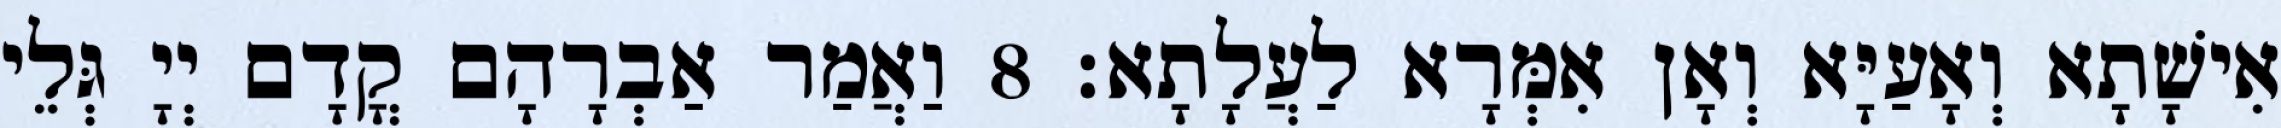
אִישָׁתָא וְאָעַיָּא וְאָן אִמְּרָא לַעֲלָתָא׃ 8 וַאֲמַר אַבְרָהָם קֳדָם יְיָ גְּלֵי